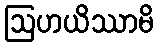
ဩဟယိဿာမိ